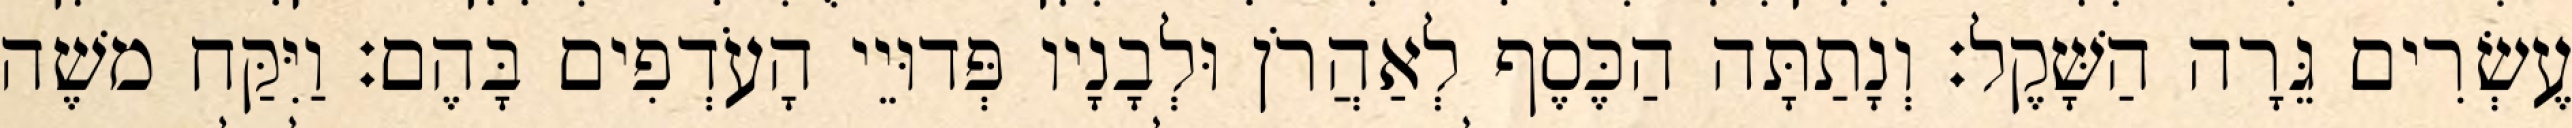
עֶשְׂרִים גֵּרָה הַשָּׁקֶל׃ וְנָתַתָּה הַכֶּסֶף לְאַהֲרֹן וּלְבָנָיו פְּדוּיֵי הָעֹדְפִים בָּהֶם׃ וַיִּקַּח משֶׁה